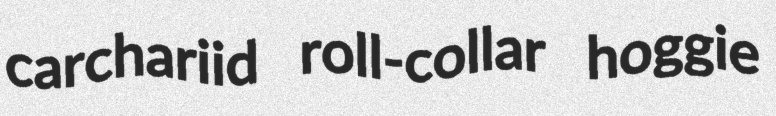
carchariid roll-collar hoggie